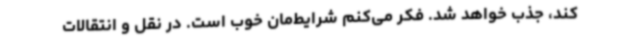
کند، جذب خواهد شد. فکر می‌کنم شرایط‌مان‌ خوب است. در نقل و انتقالات